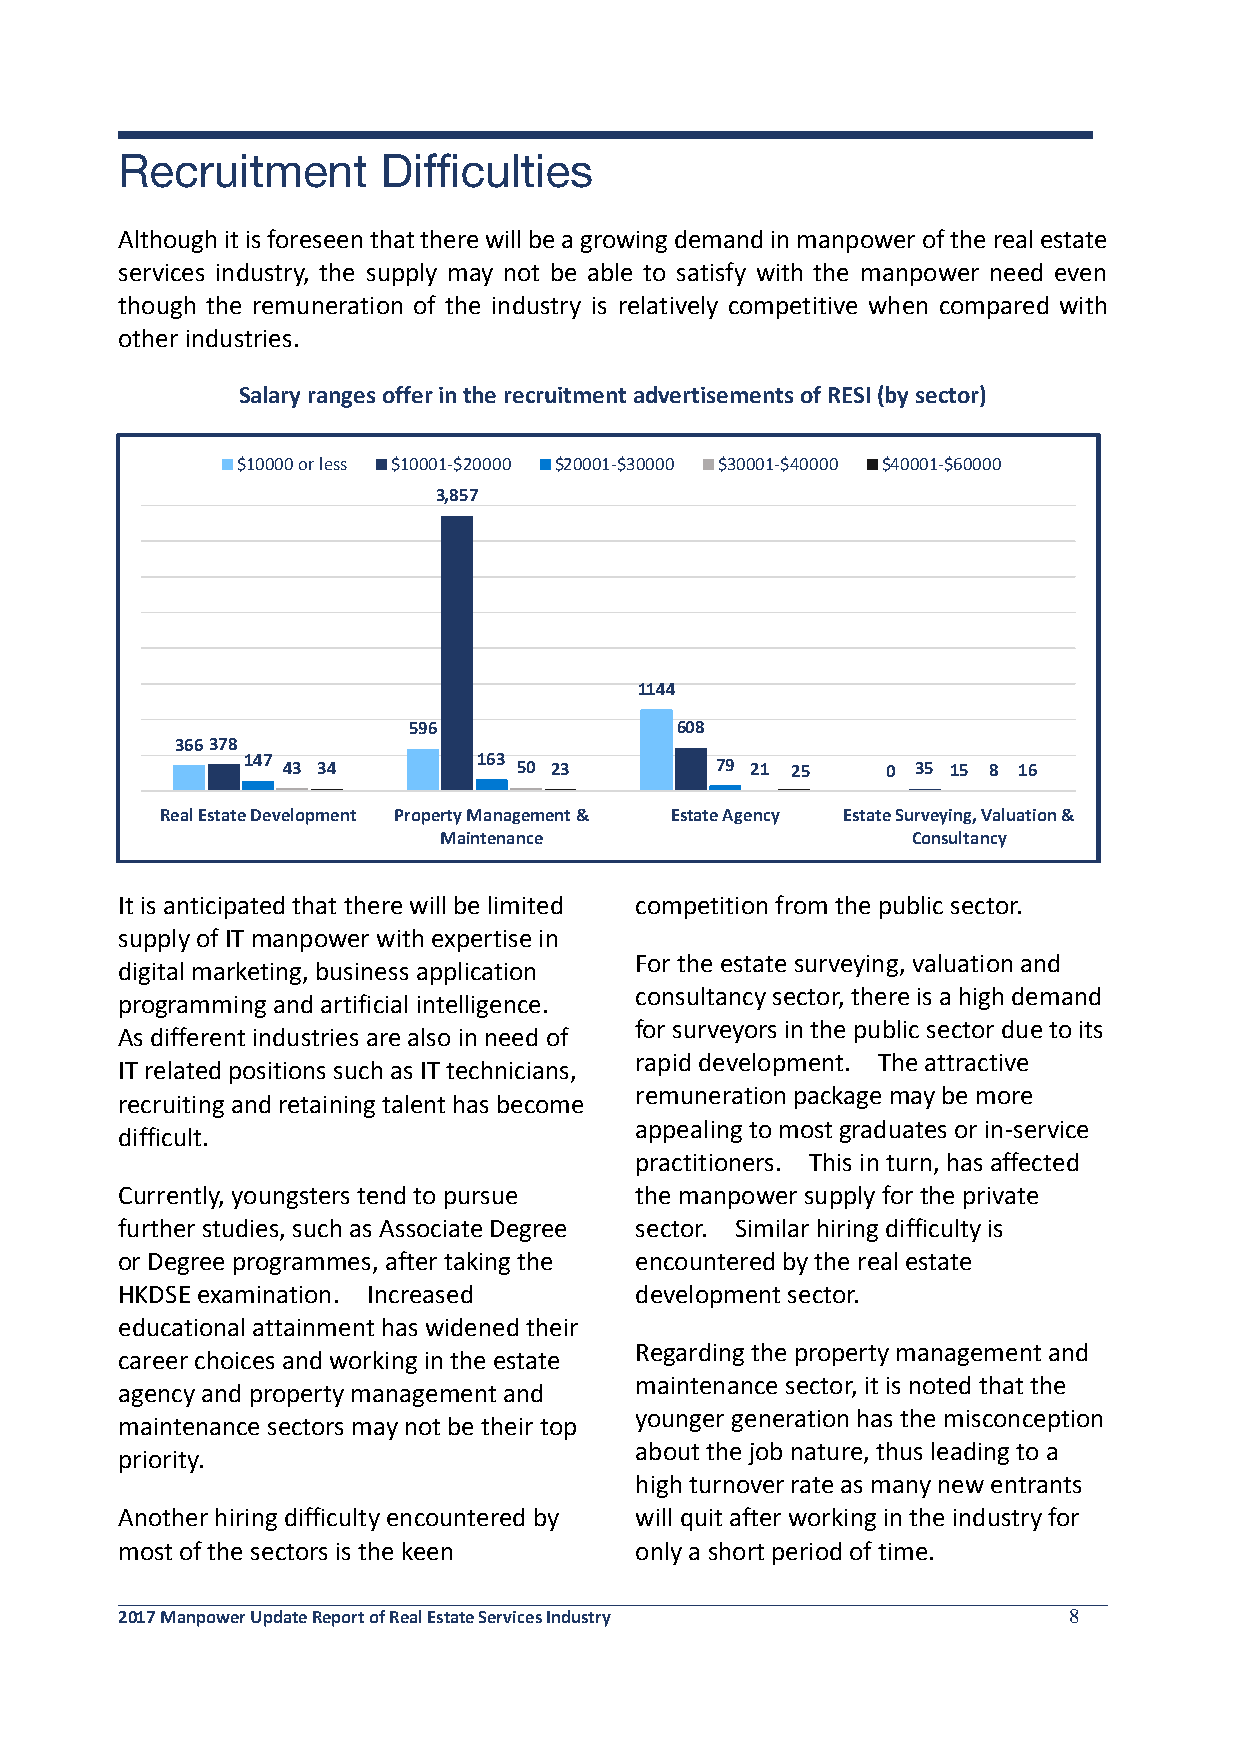
Although it is foreseen that there will be a growing demand in manpower of the real estate
 services industry, the supply may not be able to satisfy with the manpower need even
 though the remuneration of the industry is relatively competitive when compared with
 other industries.
 Salary ranges offer in the recruitment advertisements of RESI (by sector)
 $10000 or less $10001-$20000 $20001-$30000 $30001-$40000 $40001-$60000
 3,857
 1144
 596               608
 366378
 147 43 34       163 50 23      79 21 25    0 35 15 8 16
 Real Estate Development Property Management & Estate Agency Estate Surveying, Valuation &
 Maintenance                    Consultancy
 It is anticipated that there will be limited competition from the public sector.
 supply of IT manpower with expertise in
 For the estate surveying, valuation and
 digital marketing, business application
 consultancy sector, there is a high demand
 programming and artificial intelligence.
 for surveyors in the public sector due to its
 As different industries are also in need of
 rapid development. The attractive
 IT related positions such as IT technicians,
 remuneration package may be more
 recruiting and retaining talent has become
 appealing to most graduates or in-service
 difficult.
 practitioners. This in turn, has affected
 Currently, youngsters tend to pursue the manpower supply for the private
 further studies, such as Associate Degree sector. Similar hiring difficulty is
 or Degree programmes, after taking the encountered by the real estate
 HKDSE examination. Increased      development sector.
 educational attainment has widened their
 Regarding the property management and
 career choices and working in the estate
 maintenance sector, it is noted that the
 agency and property management and
 younger generation has the misconception
 maintenance sectors may not be their top
 about the job nature, thus leading to a
 priority.
 high turnover rate as many new entrants
 Another hiring difficulty encountered by will quit after working in the industry for
 most of the sectors is the keen   only a short period of time.
 2017 Manpower Update Report of Real Estate Services Industry   8